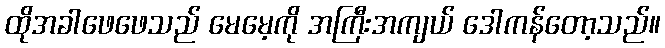
ထိုအခါဖေဖေသည် မေမေ့ကို အကြီးအကျယ် ဒေါကန်တော့သည်။